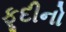
ફૂદીનો